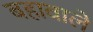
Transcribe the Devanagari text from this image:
बहावाले